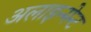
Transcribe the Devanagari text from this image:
अलाइन्मेन्ट